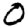
Digit: 0